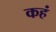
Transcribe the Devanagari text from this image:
कहं